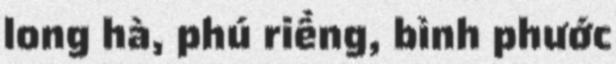
long hà, phú riềng, bình phước